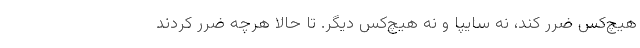
هیچ‌کس ضرر کند، نه سایپا و نه هیچ‌کس دیگر. تا حالا هرچه ضرر کردند